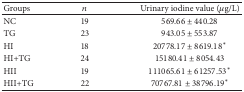
| Groups | n | Urinary iodine value (μg/L) |
 | --- | --- | --- |
 | NC | 19 | 569.66 ± 440.28 |
 | TG | 23 | 943.05 ± 553.87 |
 | HI | 18 | 20778.17 ± 8619.18* |
 | HI+TG | 24 | 15180.41 ± 8054.43 |
 | HII | 19 | 111065.61 ± 61257.53* |
 | HII+TG | 22 | 70767.81 ± 38796.19* |